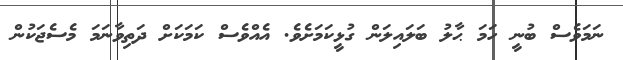
ނަމަވެސް ބުނީ ހަމަ ޙާލު ބަލައިލަން ގުޅީކަމަށެވެ. އެއްވެސް ކަމަކަށް ދަތިވާނަމަ މެސެޖަކުން